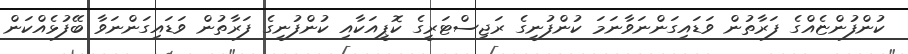
ކުންފުންޏެއްގެ ފަރާތުން ވަޑައިގަންނަވާނަމަ ކުންފުނީގެ ރަޖިސްޓަރީގެ ކޮޕީއަކާއި ކުންފުނީގެ ފަރާތުން ވަޑައިގަންނަވާ ބޭފުޅެއްކަން